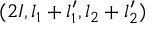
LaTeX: ( 2 I , l _ { 1 } + l _ { 1 } ^ { \prime } , l _ { 2 } + l _ { 2 } ^ { \prime } )